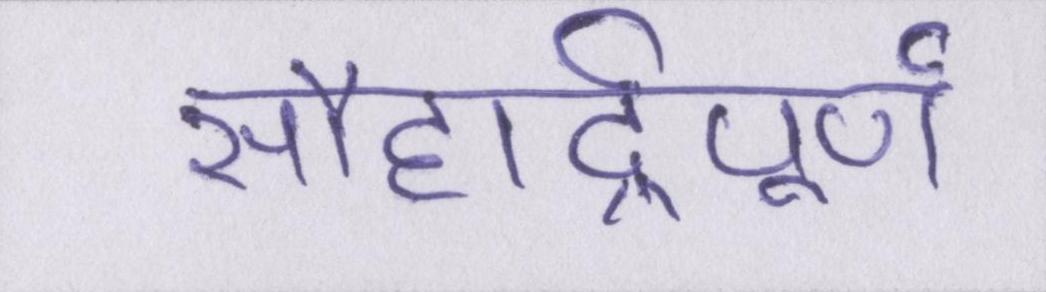
सौहार्द्रपूर्ण